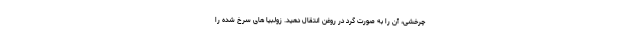
چرخشی، آن را به صورت گرد در روغن انتقال دهید. زولبیا های سرخ شده را